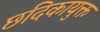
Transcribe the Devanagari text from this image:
छदिकायुक्त